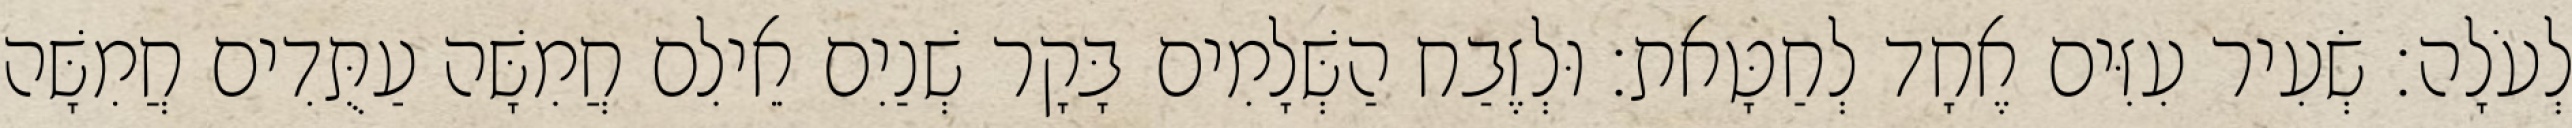
לְעֹלָה׃ שְׂעִיר עִזִּים אֶחָד לְחַטָּאת׃ וּלְזֶבַח הַשְּׁלָמִים בָּקָר שְׁנַיִם אֵילִם חֲמִשָּׁה עַתֻּדִים חֲמִשָּׁה